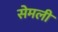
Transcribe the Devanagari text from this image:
सेमली